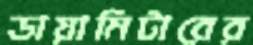
ডায়ামিটারের